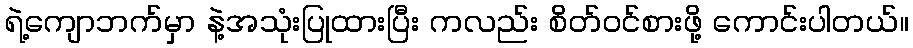
ရဲ့ကျောဘက်မှာ နဲ့အသုံးပြုထားပြီး ကလည်း စိတ်ဝင်စားဖို့ ကောင်းပါတယ်။